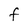
Character: f